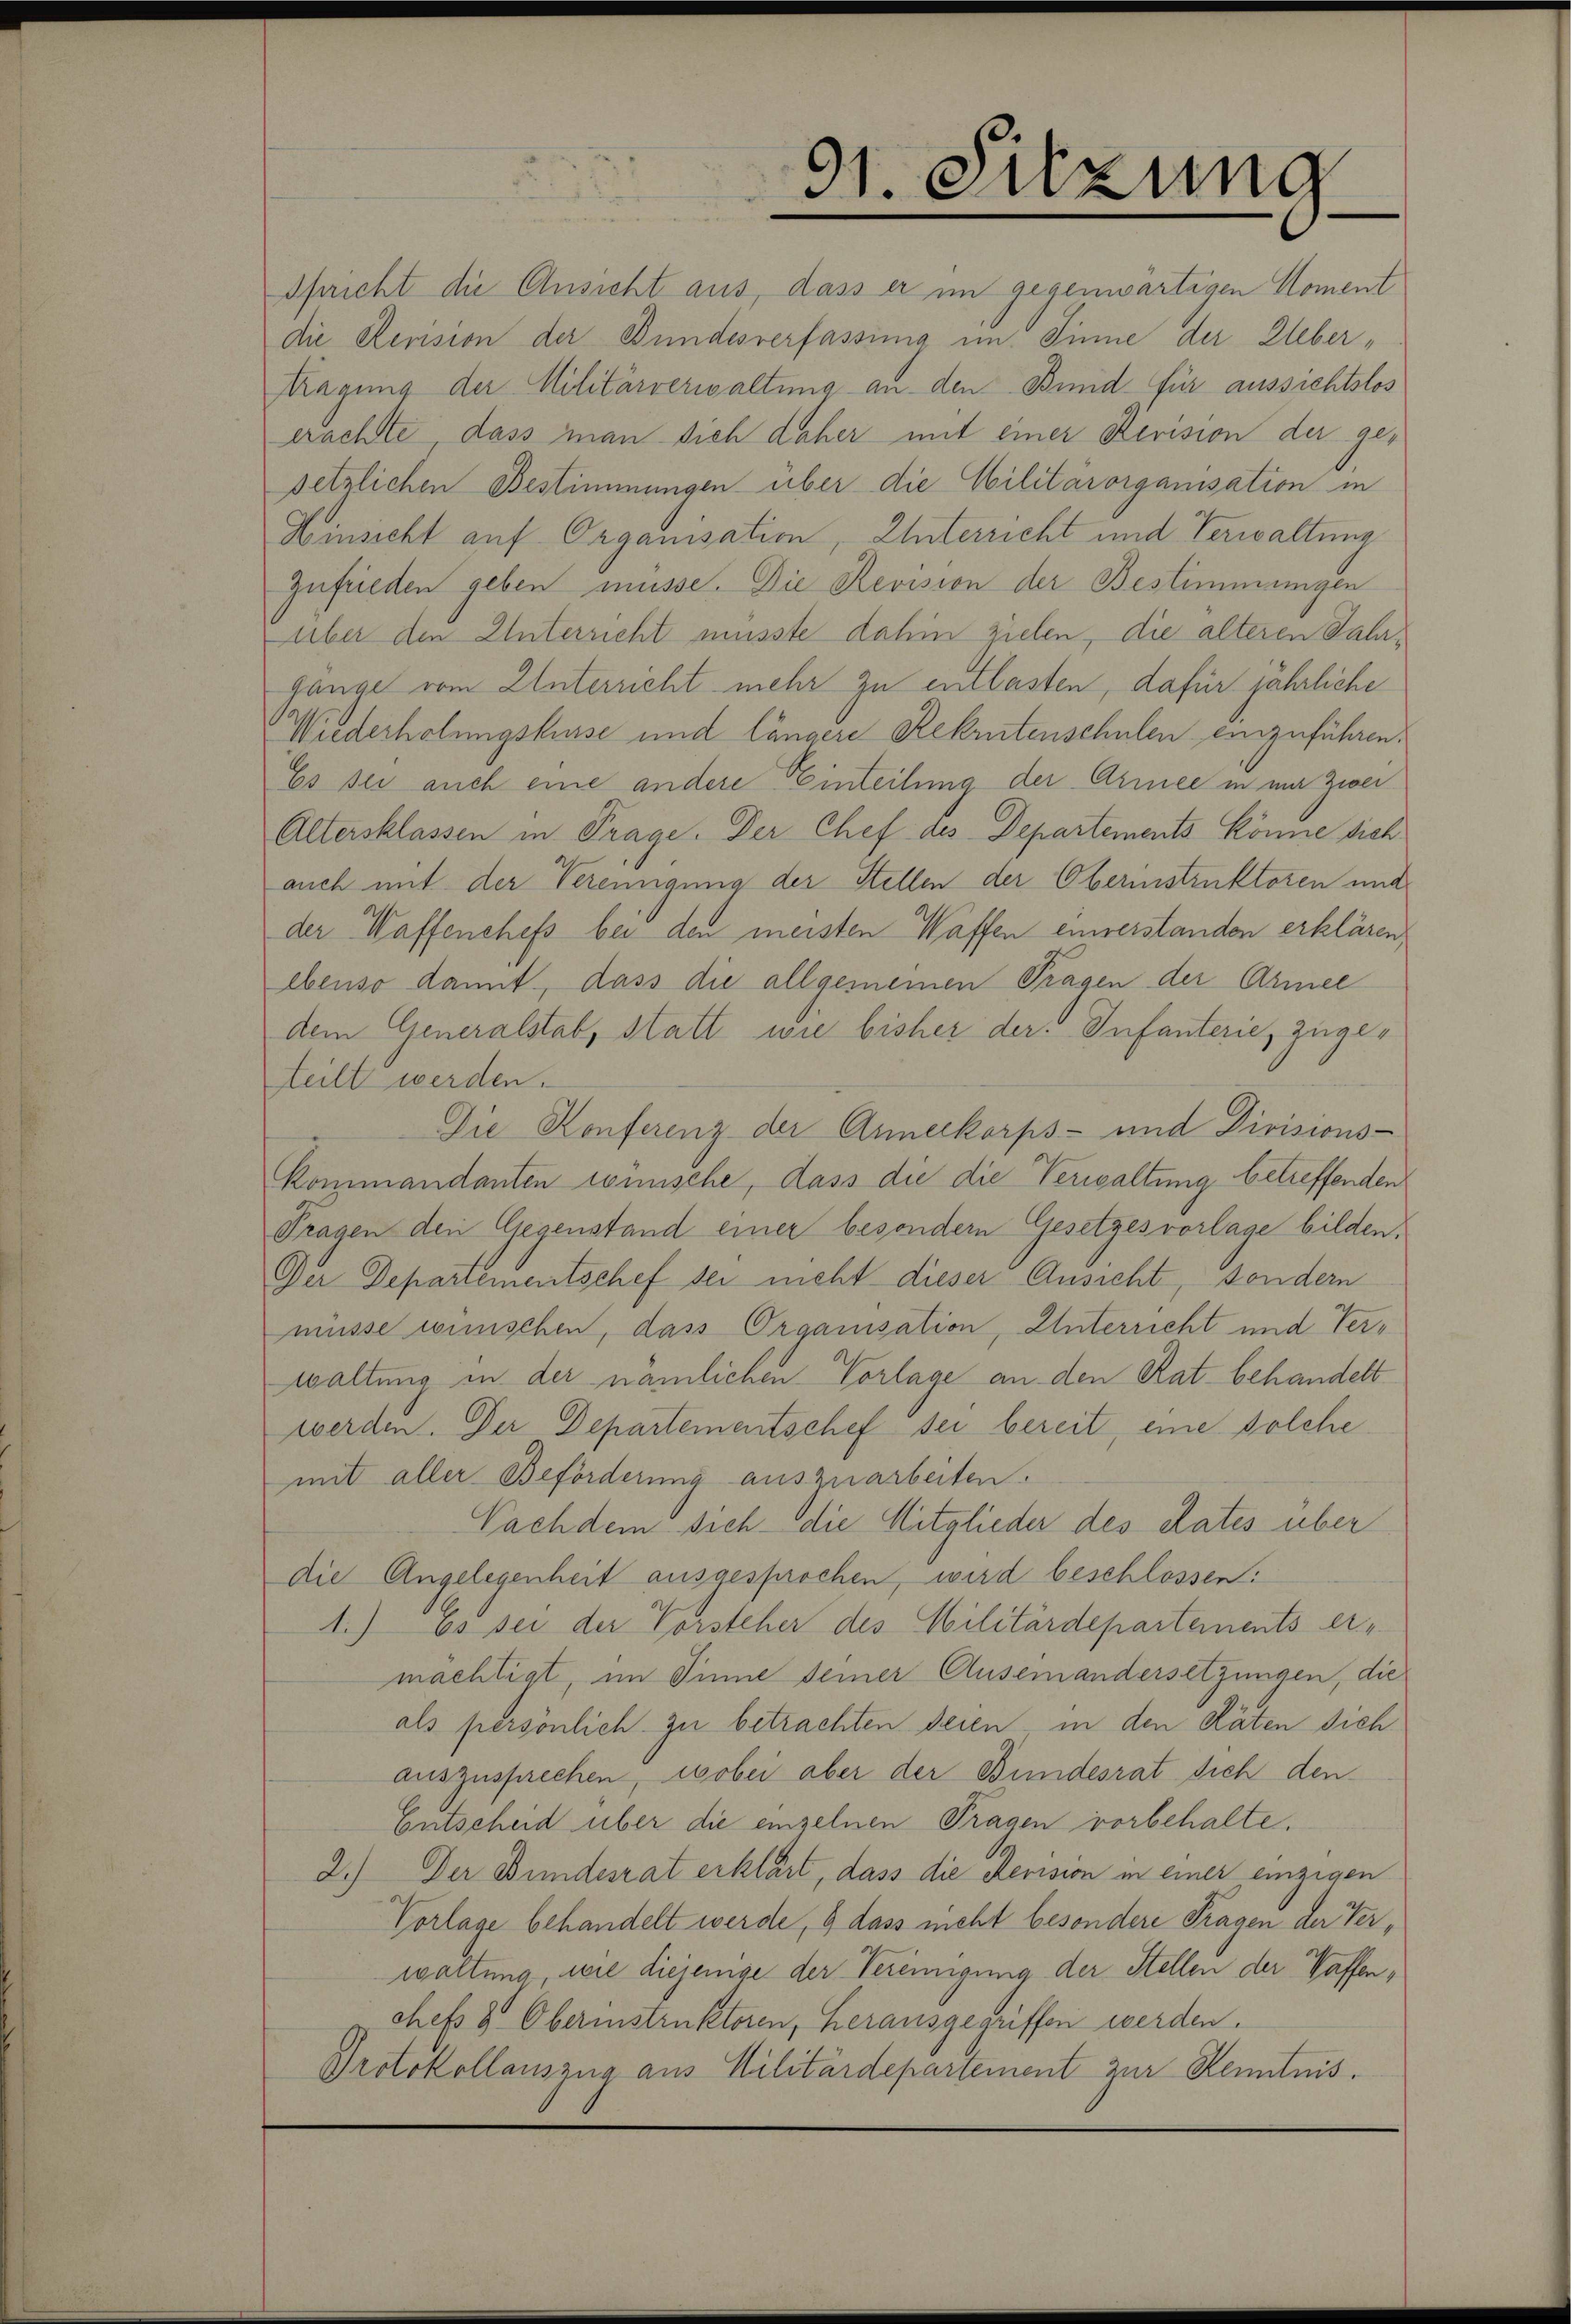
teilt werden.
mit aller Beförderung auszuarbeiten.

91. Sitzung

spricht die Ansicht aus, dass er im gegenwärtigen Moment
die Revision der Bundesverfassung im Sinne der Ueber¬
Kragung der Militärverwaltung an den Bind für aussichtslos
erachte, dass man sich daher mit einer Revision der gesetzlichen Bestimmungen über die Militärorganisation in
Hinsicht auf Organisation, Unterricht und Verwaltung
Zufrieden geben müsse. Die Revision der Bestimmungen
über den Unterricht musste dahin zielen, die alteren Salagange vom Unterricht mehr zu entlasten, dafür jährliche
Wiederholungskusse und längere Rekrutenschulen einzuführen.
Es sei auch eine andere Einteilung der Armee in mir Zwei¬
Altersklassen in Trage. Der Chef des Departements Könne sich
auch mit der Vereinigung der Stellen der Oberinstruktoren und
der Waffenchefs bei den meisten Waffen einverstanden erklären,
ebenso damit, dass die allgemeinen Tragen der Armee
dem Generalstab, statt wie bisher der Infanterie, zuge¬
Die Konferenz der Armeekorps- und Divisions-
Kommandanten römische, dass die die Verwaltung betreffenden
Tragen den Gegenstand einer besondern Gesetzesvorlage bilden,
Der Departementschef sei nicht dieser Ansicht, sondern
müsse wünschen, dass Organisation, Unterricht und Verwaltung in der nämlichen Vorlage an den Rat behandelt
werden. Der Departementschef sei bereit, eine solche
Nachdem sich die Mitglieder des Rates über
die Angelegenheit ausgesprochen, wird beschlossen:
1.) Es sei der Vorsteher des Militärdepartements ermächtigt, im Sinne seiner Auseinandersetzungen, die
als persönlich zu betrachten deren in den Räten sich
auszusprechen, wobei aber der Bundesrat sich den
Entscheid über die einzelnen Tragen vorbehalte.
2.) Der Bundesrat erklärt, dass die Revision in einer einzigen
Vorlage behandelt werde, 9 dass nicht besondere Fragen der Verwaltung, wie diejenige der Vereinigung der Stellen der Waffenchefs & Oberinstruktoren, herausgegriffen werden.
Protokollauszug aus Militärdepartement zur Kenntnis.